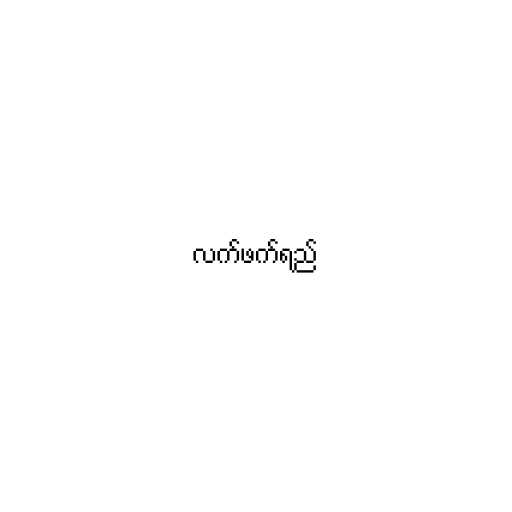
လက်ဖက်ရည်